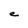
Character: e